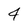
Character: 4